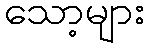
သော့များ